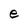
Character: e